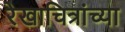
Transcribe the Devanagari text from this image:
रेखाचित्रांच्या